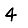
Digit: 4